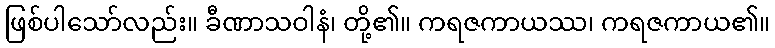
ဖြစ်ပါသော်လည်း။ ခီဏာသဝါနံ၊ တို့၏။ ကရဇကာယဿ၊ ကရဇကာယ၏။